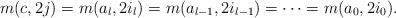
LaTeX: \begin{align*}m(c,2j)=m(a_l,2i_l)=m(a_{l-1},2i_{l-1})=\dots =m(a_0,2i_0).\end{align*}